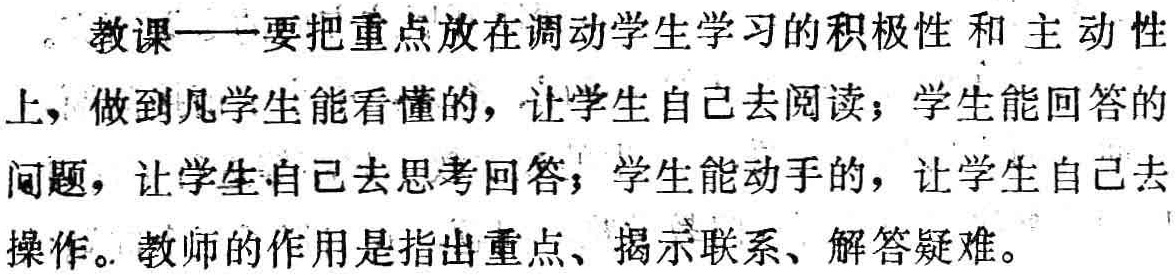
教课——要把重点放在调动学生学习的积极性和主动性上，做到凡学生能看懂的，让学生自己去阅读；学生能回答的问题，让学生自己去思考回答；学生能动手的，让学生自己去操作。教师的作用是指出重点、揭示联系、解答疑难。